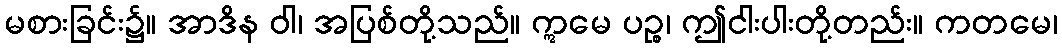
မစားခြင်း၌။ အာဒိန ဝါ၊ အပြစ်တို့သည်။ ဣမေ ပဉ္စ၊ ဤငါးပါးတို့တည်း။ ကတမေ၊